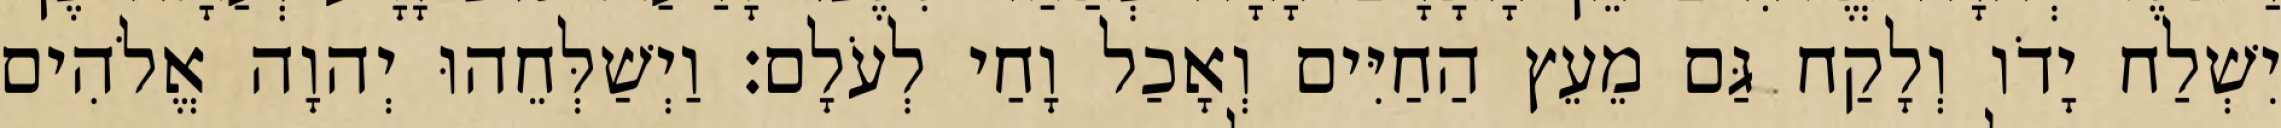
יִשְׁלַח יָדֹו וְלָקַח גַּם מֵעֵץ הַחַיִּים וְאָכַל וָחַי לְעֹלָם׃ וַיְשַׁלְּחֵהוּ יְהוָה אֱלֹהִים